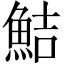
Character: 鮚